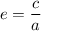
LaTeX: e = { \frac { c } { a } }